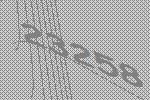
23258